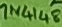
Text: 1N4148